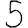
Digit: 5